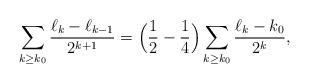
LaTeX: \begin{align*} \sum_{k\ge k_0}\frac{\ell_k-\ell_{k-1}}{2^{k+1}} =\Big(\frac{1}{2}-\frac{1}{4}\Big) \sum_{k\ge k_0}\frac{\ell_k-k_0}{2^k},\end{align*}